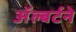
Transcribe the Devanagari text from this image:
ॲल्बर्टने